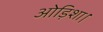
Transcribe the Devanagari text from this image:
ओड़िशा।